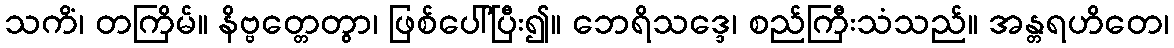
သကိံ၊ တကြိမ်။ နိဗ္ဗတ္တေတွာ၊ ဖြစ်ပေါ်ပြီး၍။ ဘေရိသဒ္ဒေ၊ စည်ကြီးသံသည်။ အန္တရဟိတေ၊